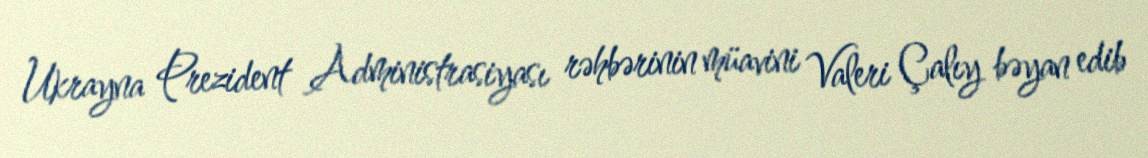
Ukrayna Prezident Administrasiyası rəhbərinin müavini Valeri Çalıy bəyan edib